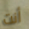
أنت